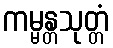
ကမ္မန္တသုတ္တံ